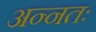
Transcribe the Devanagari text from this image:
अन्नतः